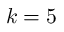
k = 5